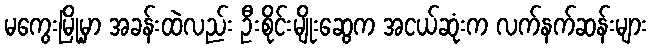
မကွေးမြို့မှာ အခန်းထဲလည်း ဦးစိုင်းမျိုးဆွေက အငယ်ဆုံးက လက်နက်ဆန်းများ